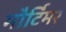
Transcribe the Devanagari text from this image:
मौर्टिमर